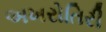
અખરોતિરી